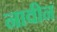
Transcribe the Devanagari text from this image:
नावीन